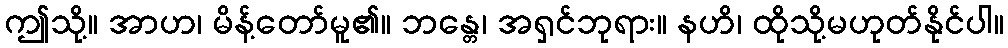
ဤသို့။ အာဟ၊ မိန့်တော်မူ၏။ ဘန္တေ၊ အရှင်ဘုရား။ နဟိ၊ ထိုသို့မဟုတ်နိုင်ပါ။